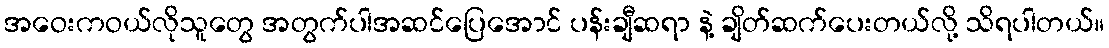
အဝေးကဝယ်လိုသူတွေ အတွက်ပါအဆင်ပြေအောင် ပန်းချီဆရာ နဲ့ ချိတ်ဆက်ပေးတယ်လို့ သိရပါတယ်။